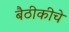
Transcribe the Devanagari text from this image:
बैठीकीचे